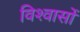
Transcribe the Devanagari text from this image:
विश्‍वासों